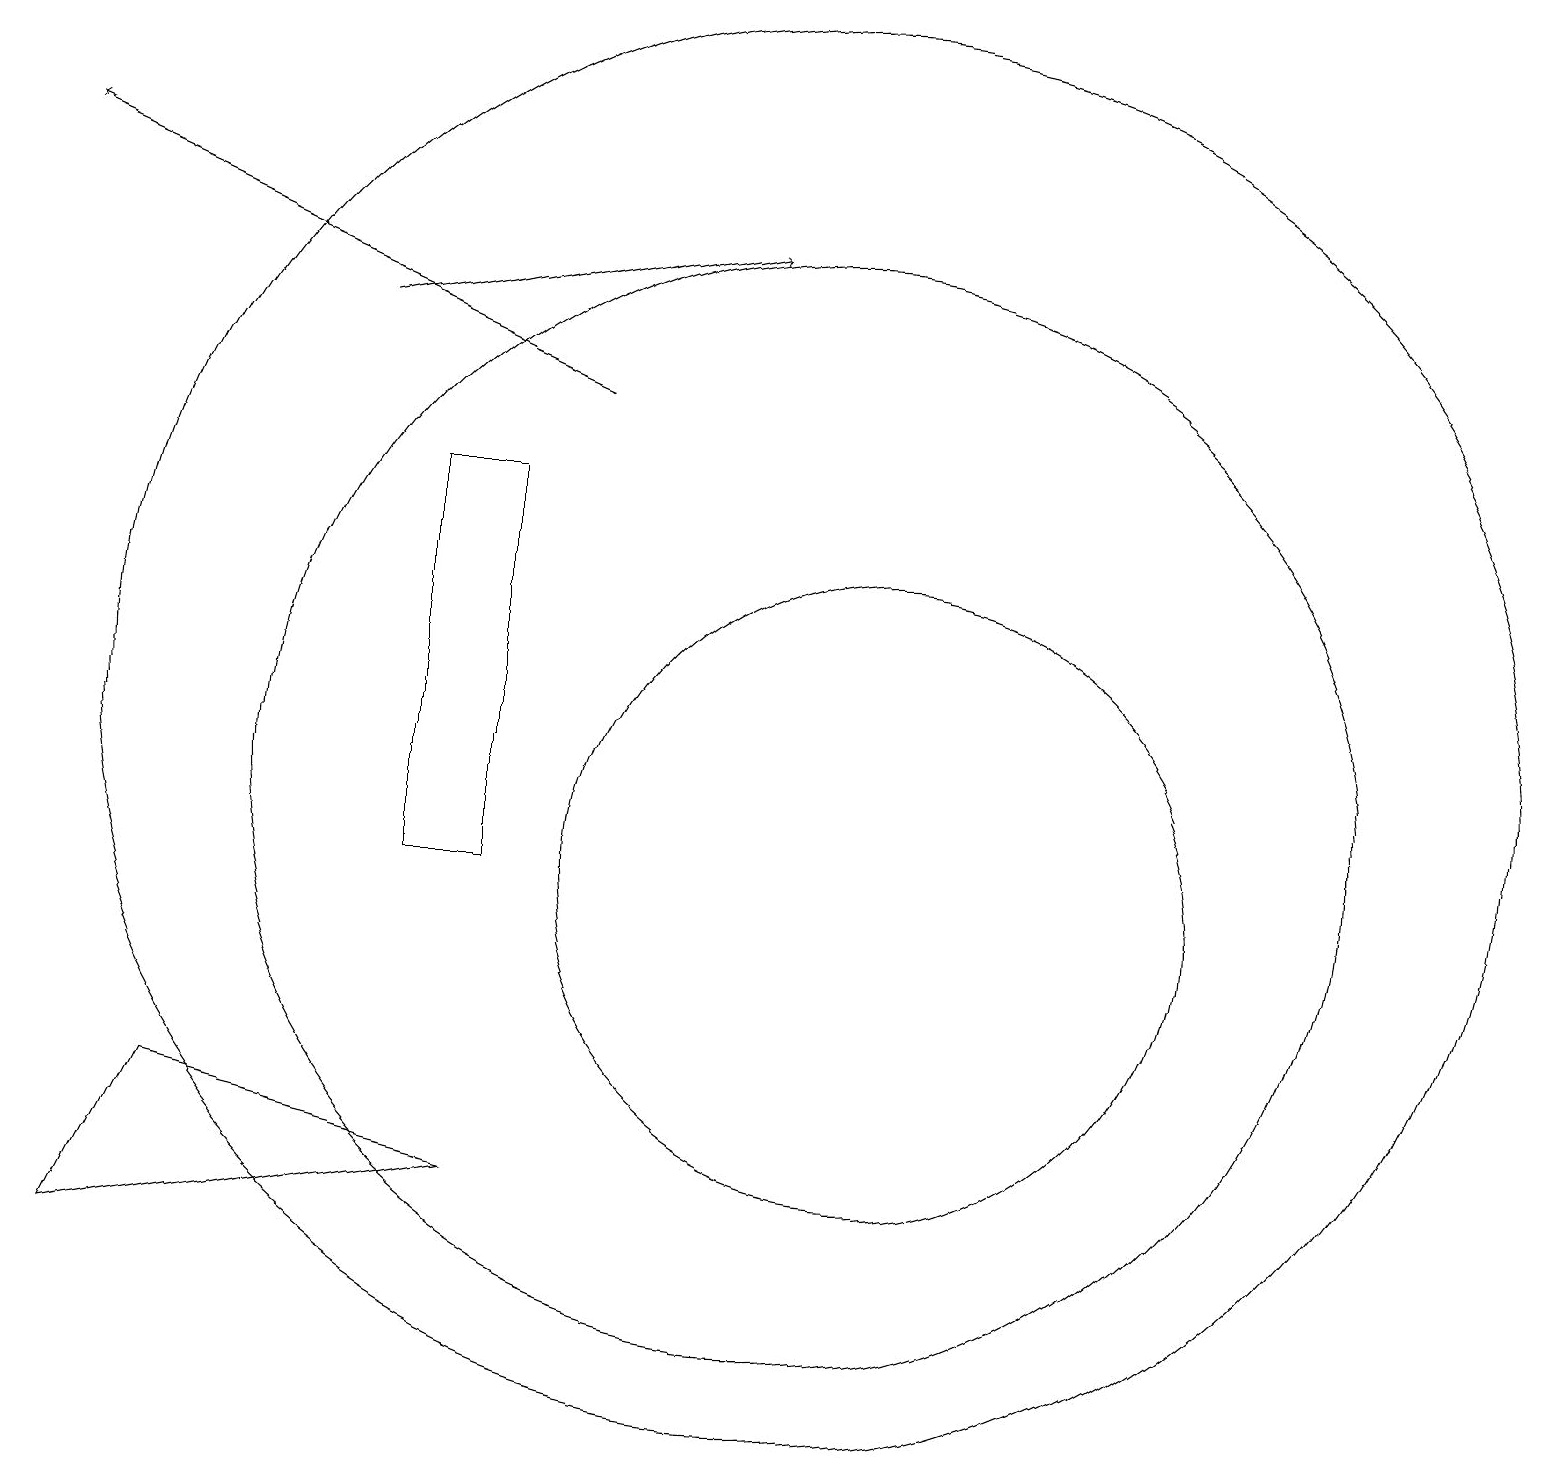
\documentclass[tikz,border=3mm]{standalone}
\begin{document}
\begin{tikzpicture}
\draw (1,5) -- (2,7) -- (6,6) -- cycle;
\draw (10,11) circle (7);
\draw[->] (4,17) -- (9,18);
\draw (5,10) rectangle (6,15);
\draw (10,12) circle (9);
\draw (11,10) circle (4);
\draw[->] (7,16) -- (0,19);
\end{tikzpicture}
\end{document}